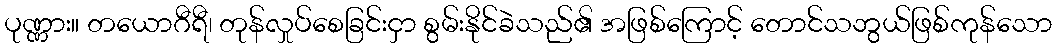
ပုဏ္ဏား။ တယောဂီရီ၊ တုန်လှုပ်စေခြင်းငှာ စွမ်းနိုင်ခဲသည်၏ အဖြစ်ကြောင့် တောင်သဘွယ်ဖြစ်ကုန်သော